Tezpur Lunatic Asylum reports 1895-1904 - 1895-1904
Year: 1895
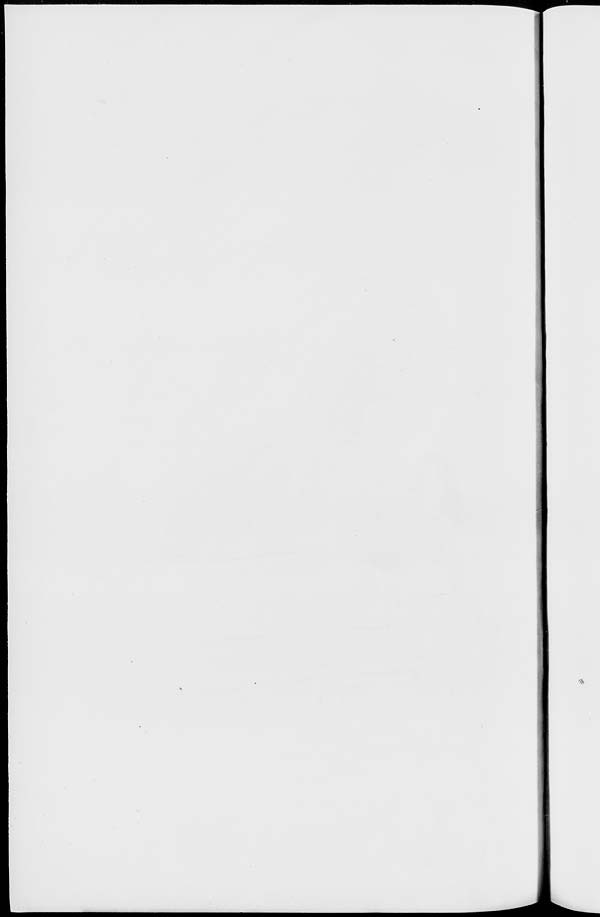
•*